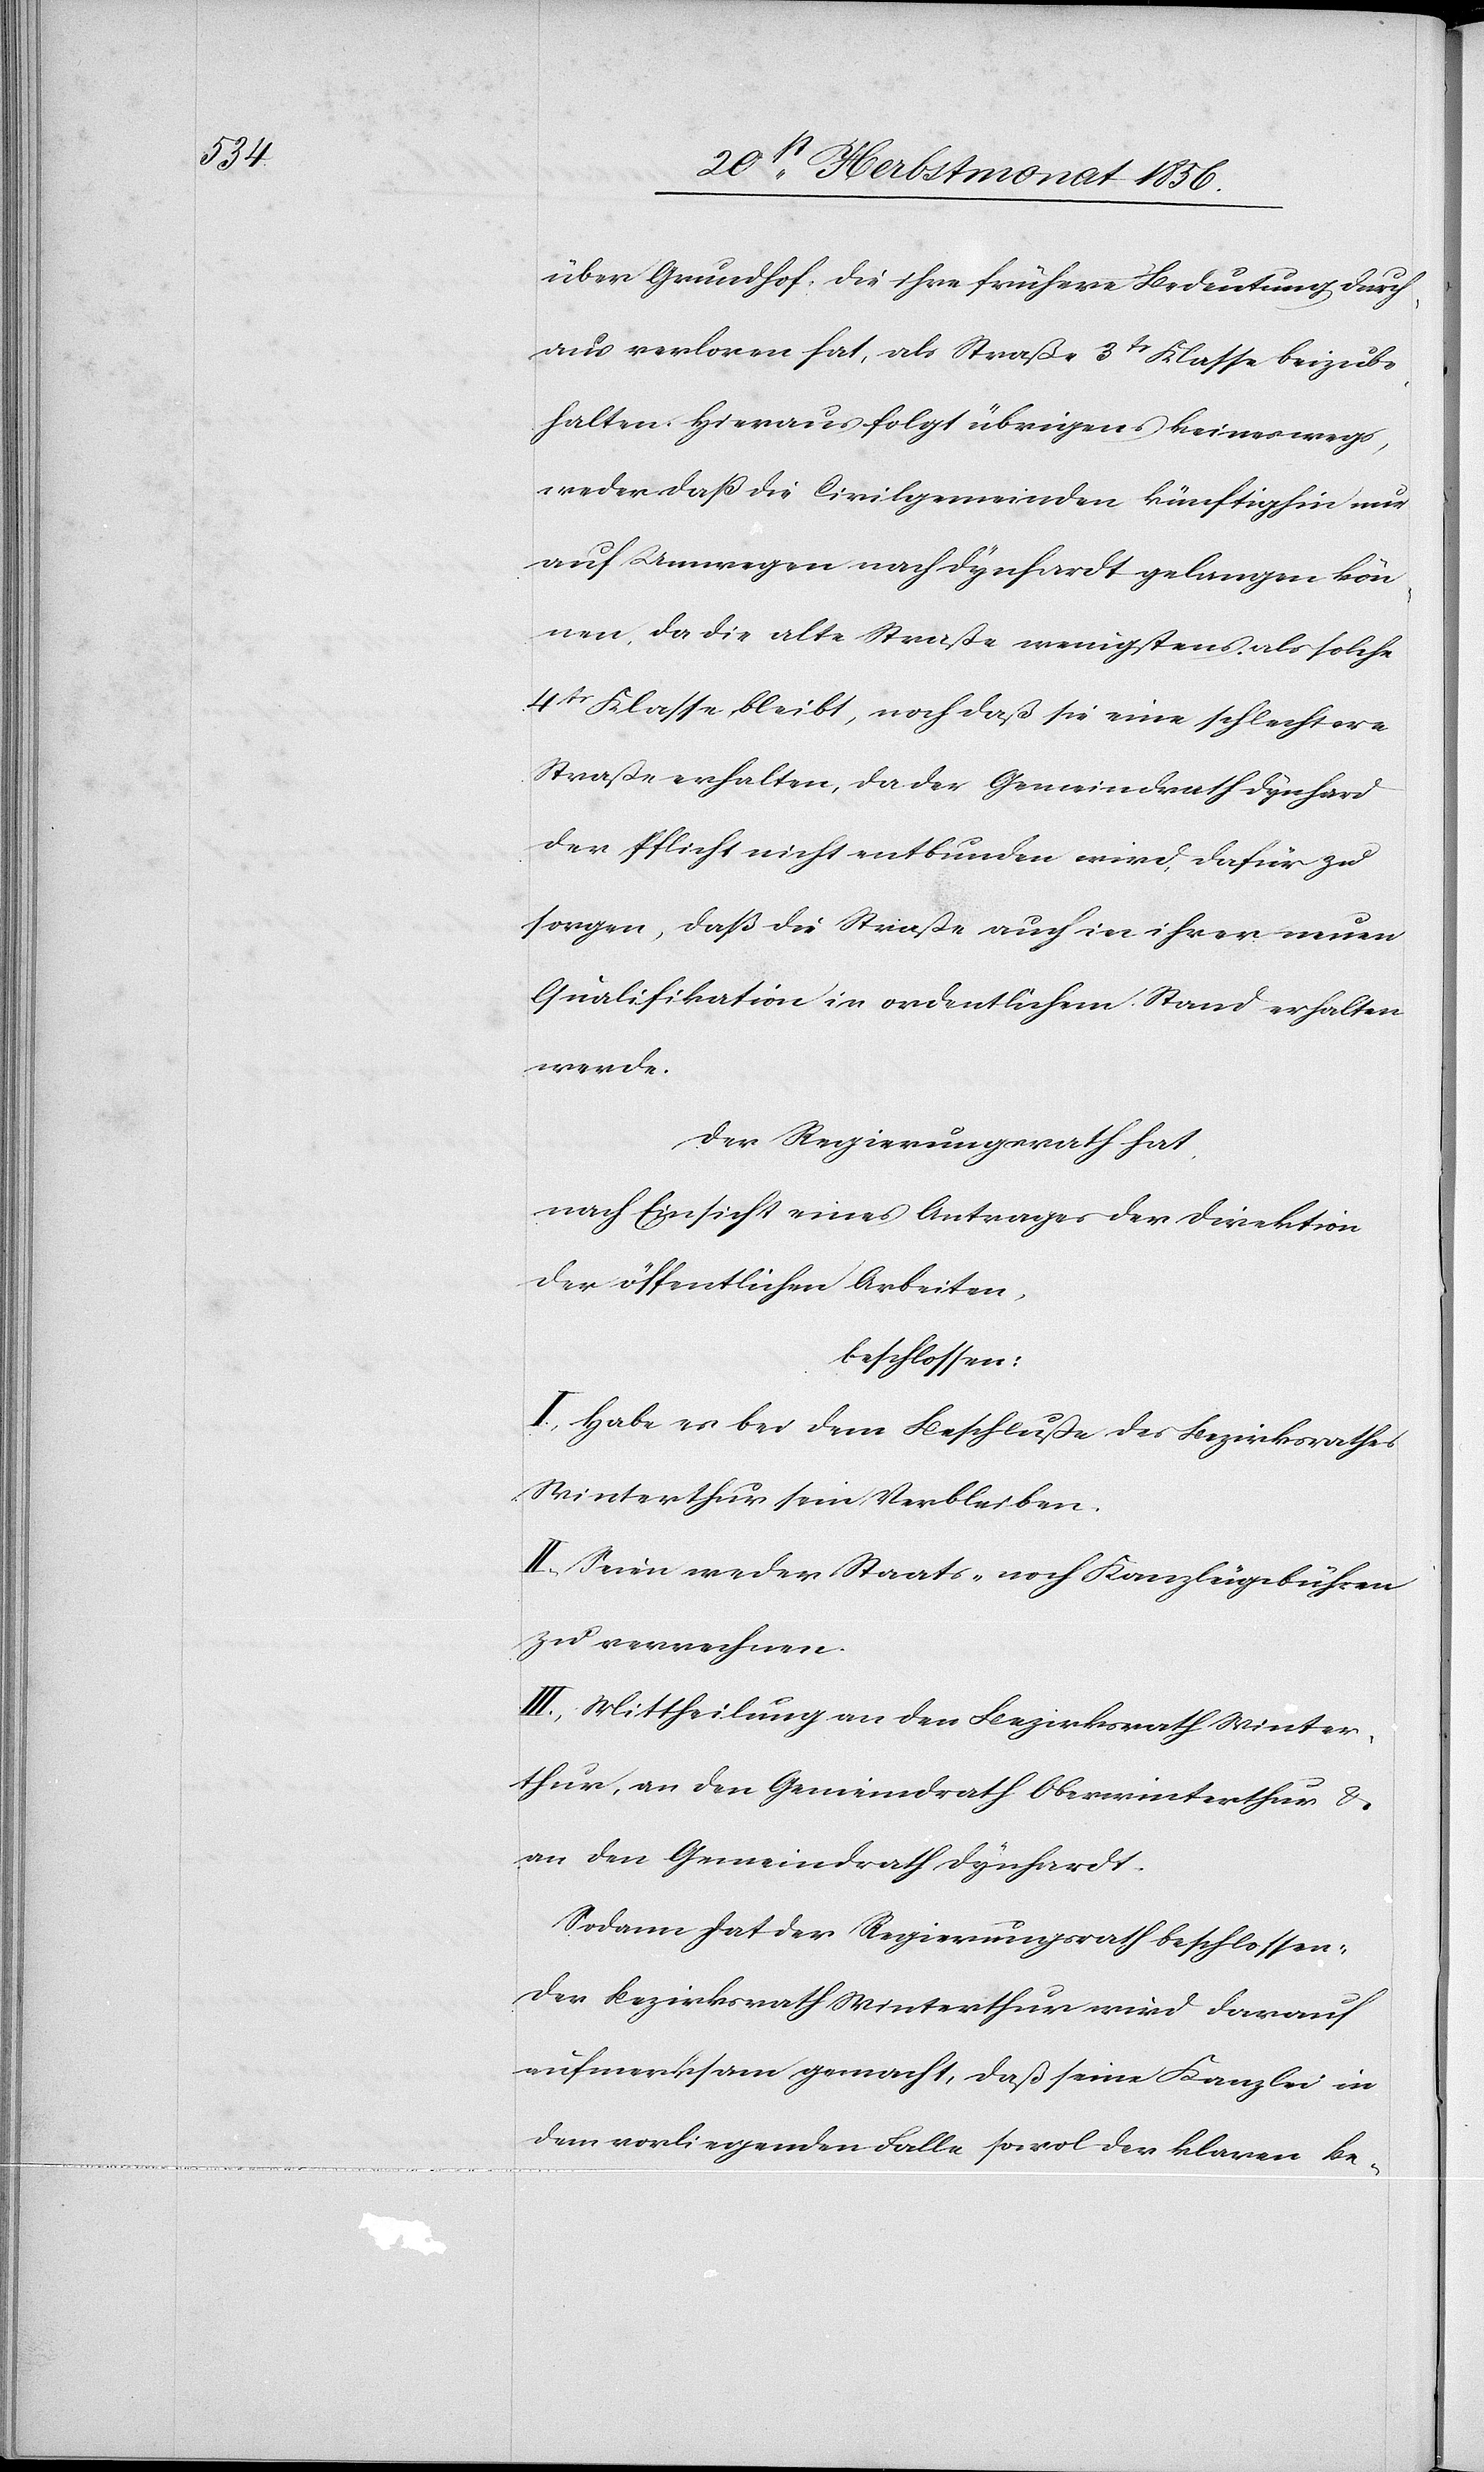
über Grundhof, die ihre frühere Bedeutung durch¬
aus verloren hat, als Straße 3tr Klasse beizube¬
halten. Hieraus folgt übrigens keineswegs,
weder daß die Civilgemeinden künftighin nur
auf Umwegen nach Dynhardt gelangen kön¬
nen, da die alte Straße wenigstens als solche
4tr Klasse bleibt, noch daß sie eine schlechtere
Straße erhalten, da der Gemeindrath Dynhard
der Pflicht nicht entbunden wird, dafür zu
sorgen, daß die Straße auch in ihrer neuen
Qualifikation in ordentlichem Stand erhalten
werde.
Der Regierungsrath hat,
nach Einsicht eines Antrages der Direktion
der öffentlichen Arbeiten,
beschlossen:
I.) Habe es bei dem Beschluße des Bezirksrathes
Winterthur sein Verbleiben.
II.) Seien weder Staats- noch Kanzleigebühren
zu verrechnen.
III.) Mittheilung an den Bezirksrath Winter¬
thur, an den Gemeindrath Oberwinterthur &
an den Gemeindrath Dynhardt.
Sodann hat der Regierungsrath beschlossen:
Der Bezirksrath Winterthur wird darauf
aufmerksam gemacht, daß seine Kanzlei in
dem vorliegenden Falle sowol der klaren Be-